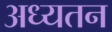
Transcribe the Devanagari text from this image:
अध्यतन